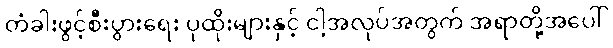
တံခါးဖွင့်စီးပွားရေး ပုထိုးများနှင့် ငါ့အလုပ်အတွက် အရာတို့အပေါ်